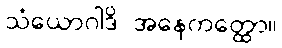
သံယောဂါဒိ အနေကတ္ထော။